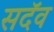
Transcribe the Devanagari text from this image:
सदॅव